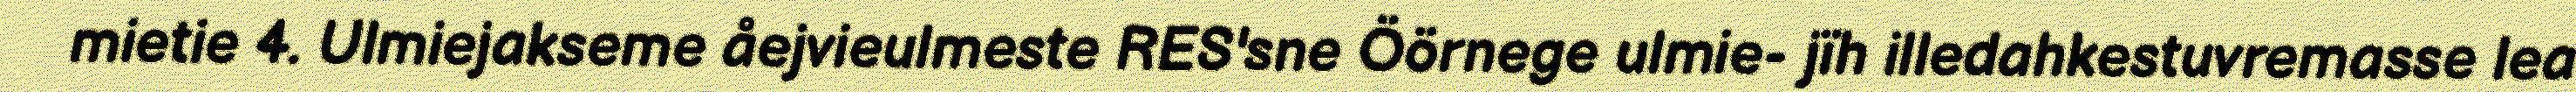
mietie 4. Ulmiejakseme åejvieulmeste RES'sne Öörnege ulmie- jïh illedahkestuvremasse lea